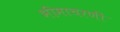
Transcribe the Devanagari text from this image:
भीमाचरणी